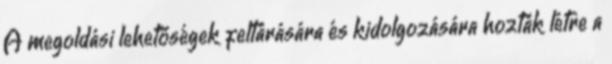
A megoldási lehetőségek feltárására és kidolgozására hozták létre a